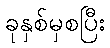
ခုနှစ်မှစပြီး